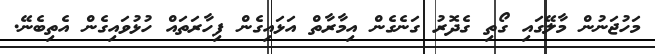
މަހުޖަނުން މާލޭގައި ގޯތި ގެދޮރު ގަނެގެން އިމާރާތް އަޅައިގެން ފިހާރަތައް ހުޅުވައިގެން އެތިބެނޭ.